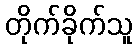
တိုက်ခိုက်သူ